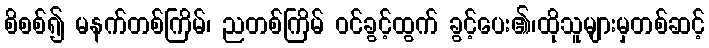
စိစစ်၍ မနက်တစ်ကြိမ်၊ ညတစ်ကြိမ် ဝင်ခွင့်ထွက် ခွင့်ပေး၏၊ထိုသူများမှတစ်ဆင့်